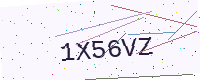
Text: 1X56VZ